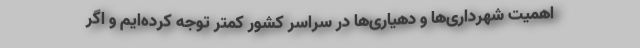
اهمیت شهرداری‌ها و دهیاری‌ها در سراسر کشور کمتر توجه کرده‌ایم و اگر